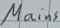
Text: Mains